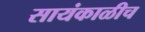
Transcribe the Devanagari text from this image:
सायंकाळीच